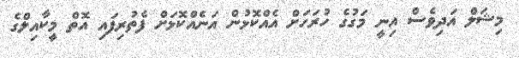
މިޝަލް އަދިވެސް އިނީ މަގުގެ ހުރަހަށް އެއްކޮޅުން އަނެއްކޮޅަށް ފެތުރިފައި އޮތް މީކާއިލްގެ